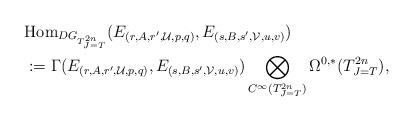
LaTeX: \begin{align*}&\mathrm{Hom}_{DG_{T^{2n}_{J=T}}}(E_{(r,A,r',\mathcal{U},p,q)},E_{(s,B,s',\mathcal{V},u,v)}) \\&:=\Gamma (E_{(r,A,r',\mathcal{U},p,q)},E_{(s,B,s',\mathcal{V},u,v)})\bigotimes _{C^{\infty }(T^{2n}_{J=T})}\Omega ^{0,*}(T^{2n}_{J=T}),\end{align*}